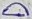
Text: D